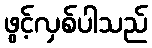
ဖွင့်လှစ်ပါသည်